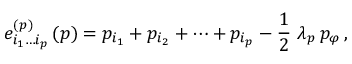
e _ { i _ { 1 } \ldots i _ { p } } ^ { ( p ) } \, ( p ) = p _ { i _ { 1 } } + p _ { i _ { 2 } } + \cdots + p _ { i _ { p } } - \frac { 1 } { 2 } \ \lambda _ { p } \, p _ { \varphi } \, ,